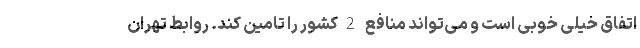
اتفاق خیلی خوبی است و می‌تواند منافع 2کشور را تامین کند. روابط تهران